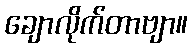
ချောလိုက်တာဗျာ။